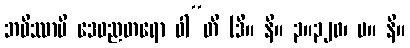
ဘဝိဿာမိ ဒေဝညတရော ဝါ”တိ (ဒီ။ နိ။ ၃။၃၂၀၊ မ။ နိ။